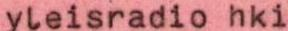
yleisradio hki